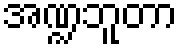
အဏ္ဍဘူတာ